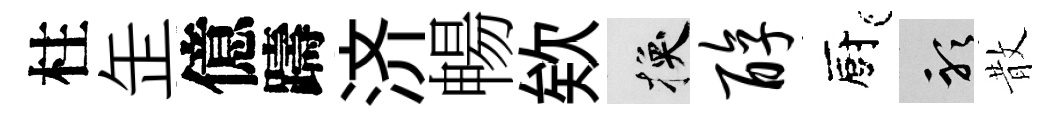
柱𦈢億躊济暢欸换醇廚聽散